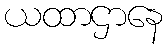
ယထာဌာနေ